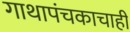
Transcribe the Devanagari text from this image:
गाथापंचकाचाही